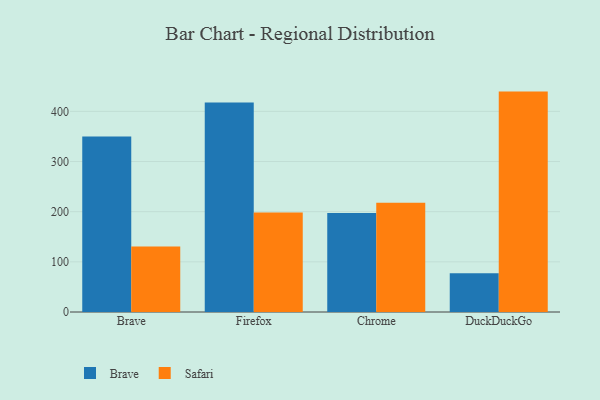
{"axis": {"x": "Browser", "y": "Demand Index"}, "legend": ["Brave", "Safari"], "data": [{"x": "Brave", "y": 350.0, "type": "Brave"}, {"x": "Brave", "y": 130.5, "type": "Safari"}, {"x": "Firefox", "y": 417.7, "type": "Brave"}, {"x": "Firefox", "y": 198.4, "type": "Safari"}, {"x": "Chrome", "y": 197.6, "type": "Brave"}, {"x": "Chrome", "y": 217.7, "type": "Safari"}, {"x": "DuckDuckGo", "y": 77.4, "type": "Brave"}, {"x": "DuckDuckGo", "y": 439.4, "type": "Safari"}]}